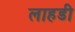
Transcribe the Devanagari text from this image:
लाहडी